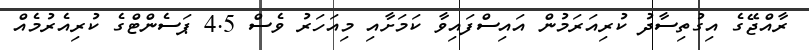
ރާއްޖޭގެ އިގުތިސާދު ކުރިއަރަމުން އައިސްފައިވާ ކަމަށާއި މިއަހަރު ވެސް 4.5 ޕަސެންޓްގެ ކުރިއެރުމެއް